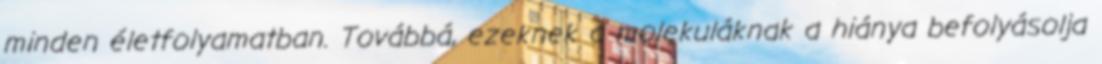
minden életfolyamatban. Továbbá, ezeknek a molekuláknak a hiánya befolyásolja